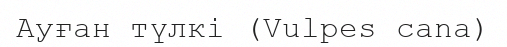
Ауған түлкі (Vulpes cana)